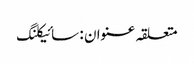
متعلقہ عنوان : سائیکلنگ